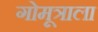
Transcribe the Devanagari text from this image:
गोमूत्राला